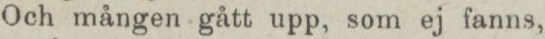
Och mången gått upp, som ej fanns,